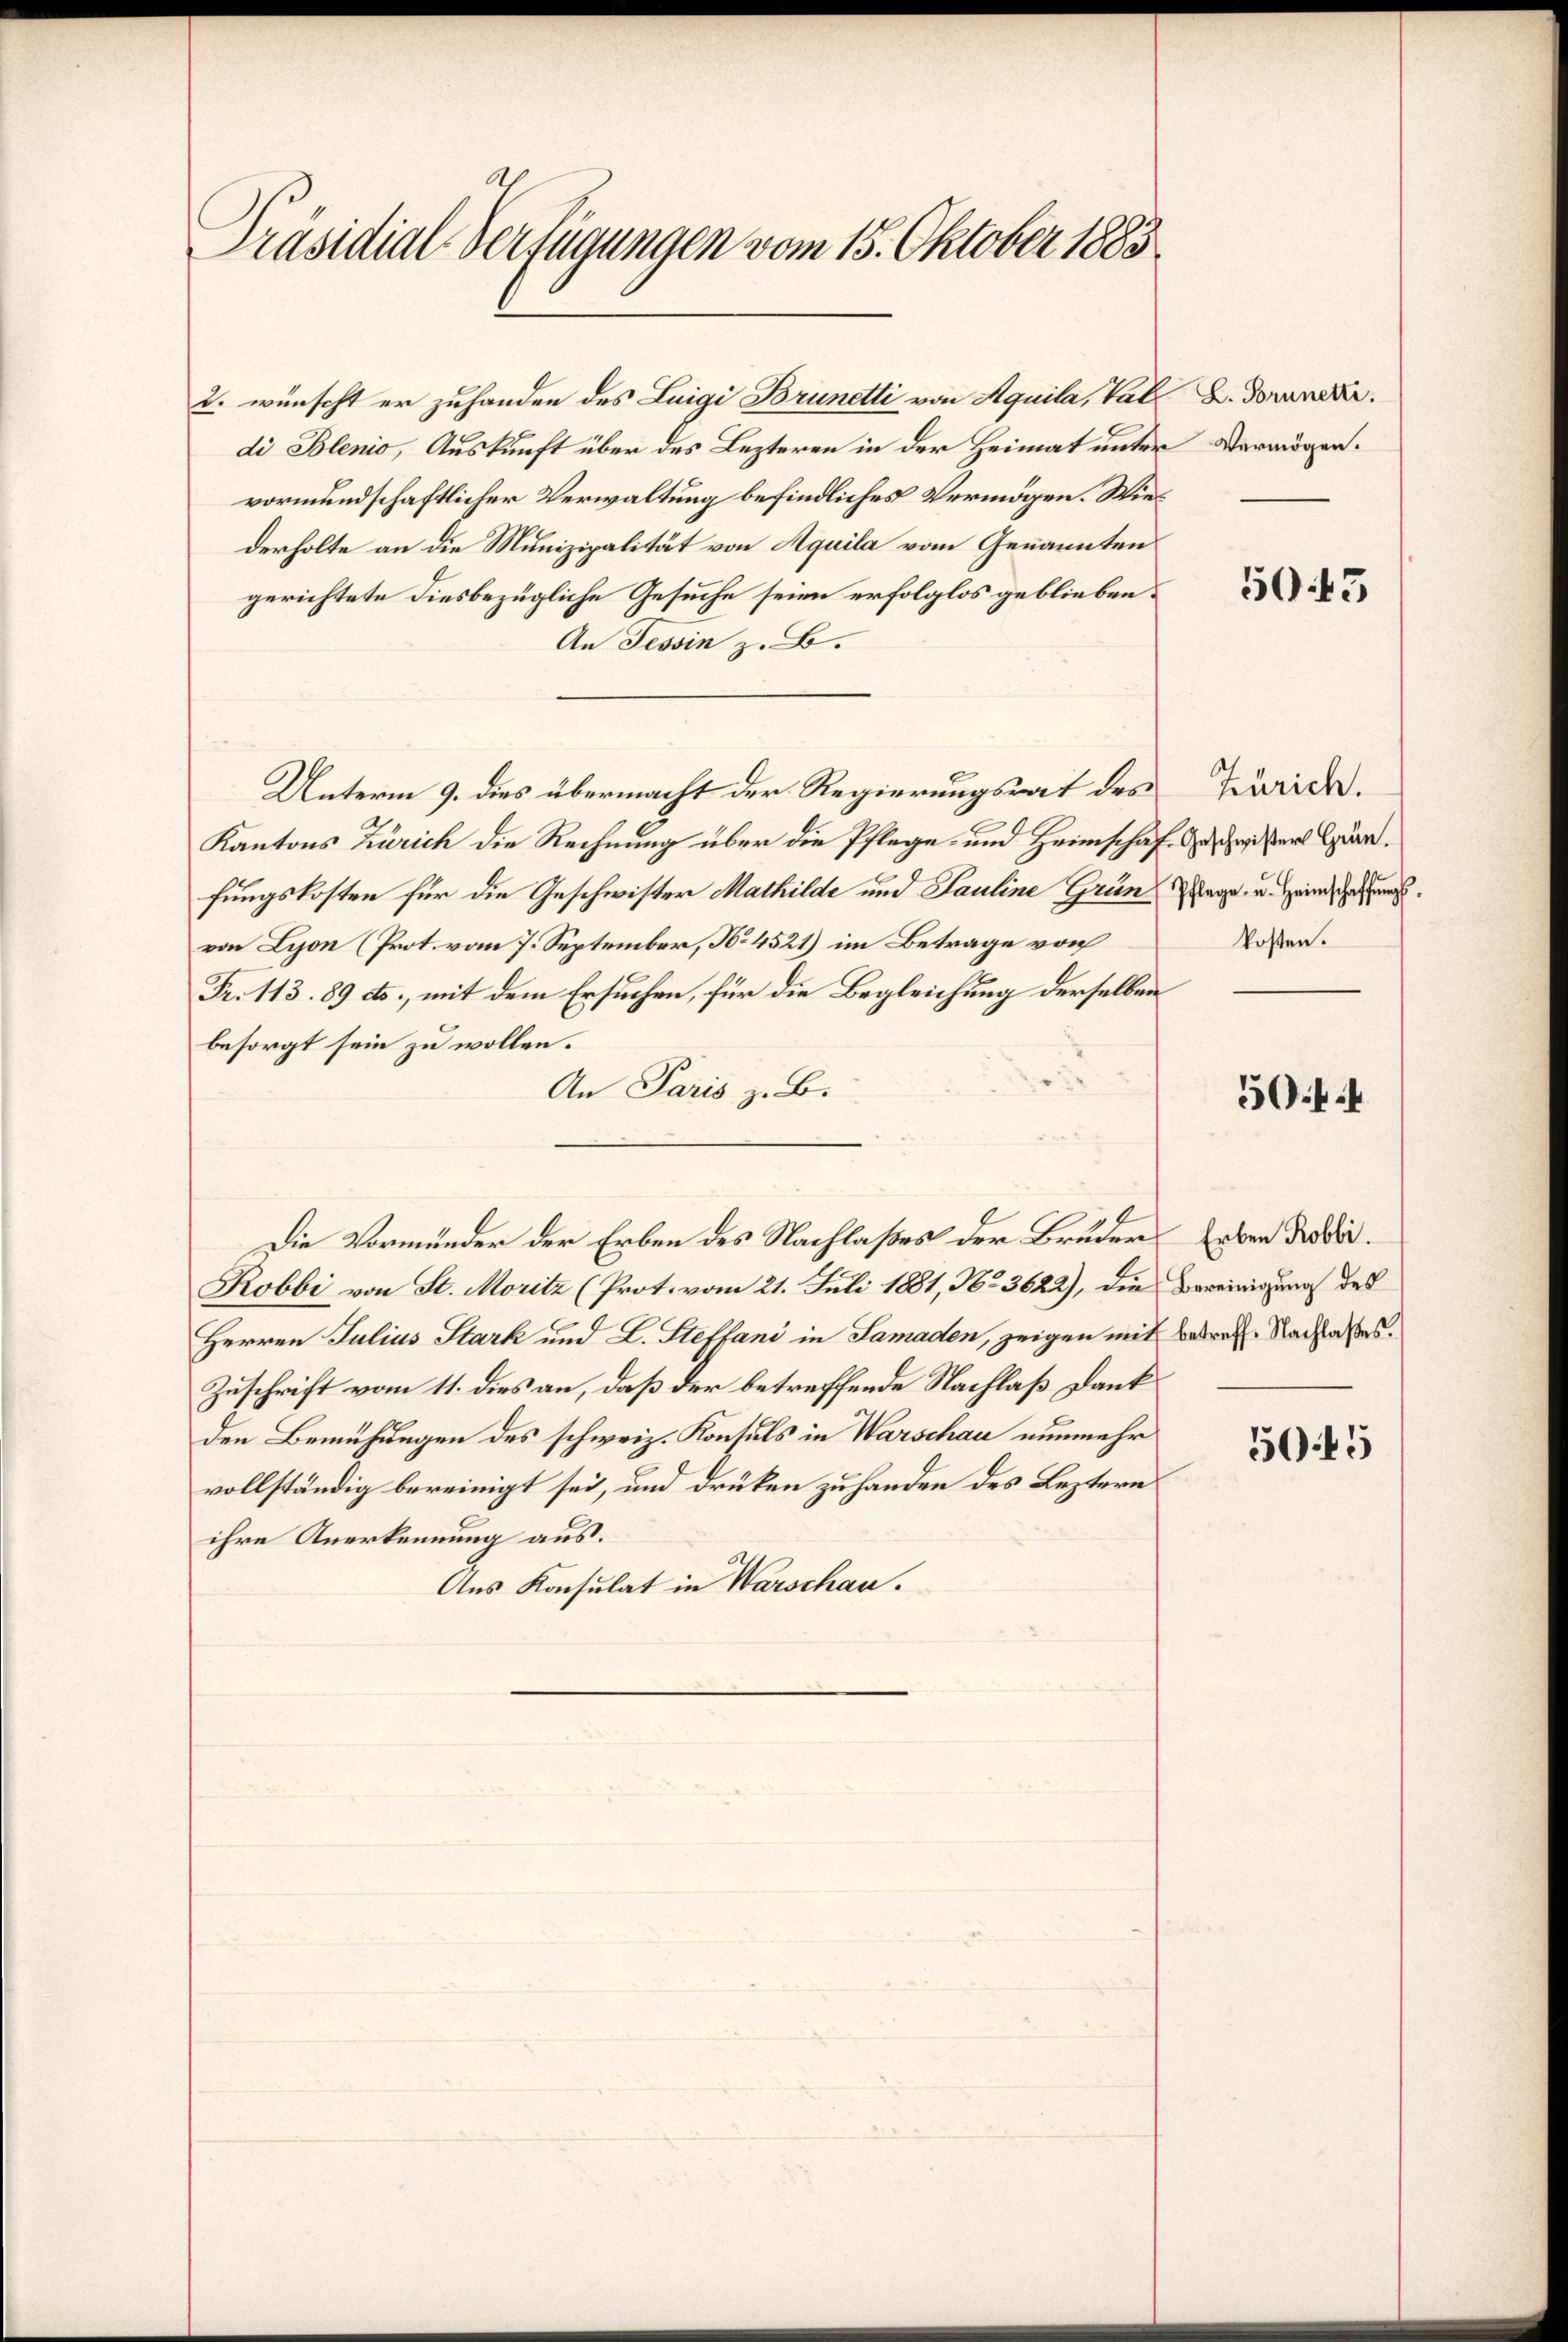
Präsidial-Verfügungen vom 15. Oktober 1883

2. wünscht er zuhanden des Luigi Brunetti von Aquila, Val 2. Toruneri.
di Blenio, Auskunft über des Lezteren in der Heimat unter Vermögen.
vormundschaftlicher Verwaltung befindliches Vermögen. Wiederholte an die Munizipalität von Aquila vom Genannten
gerichtete diesbezügliche Gesuche seien erfolglos geblieben.
An Tessin z. B.
Unterm 9. des übermacht der Regierungsrat des Zürich.
Kantons Zürich die Rechnung über die Pflege und Heimschaf- Geschwisters Gr.
fungskosten für die Geschwister Mathilde und Pauline Grünage, u. Heim Gesunvon Lyon (Prot. vom 7. September, No 4521) im Betrage von
Fr. 113. 89 cts., mit dem Ersuchen, für die Begleichung derselben
besorgt sein zu wollen.
An Paris z. B.
Die Vormünder der Erben des Nachlaßes der Bruder Erben des der¬
Robbi von St. Moritz (Prot. vom 21. Juli 1881, No 3622), die Bereinigung des
Herren Julius Stark und L. Steffani in Samaden, zeigen mit betreff. Nachlasses.
Zuschrift vom 11. dies an, daß der betreffende Nachlaß Dank
den Bemühungen des schweiz. Konsuls in Warschau nunmehr
vollständig bereinigt sei, und drücken zu handen des Leztern
ihre Anerkennung aus.
Aus Konsulat in Warschau.

50.45

kosten.

5f

5045